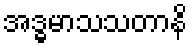
အဒ္ဓမာသသတာနိ